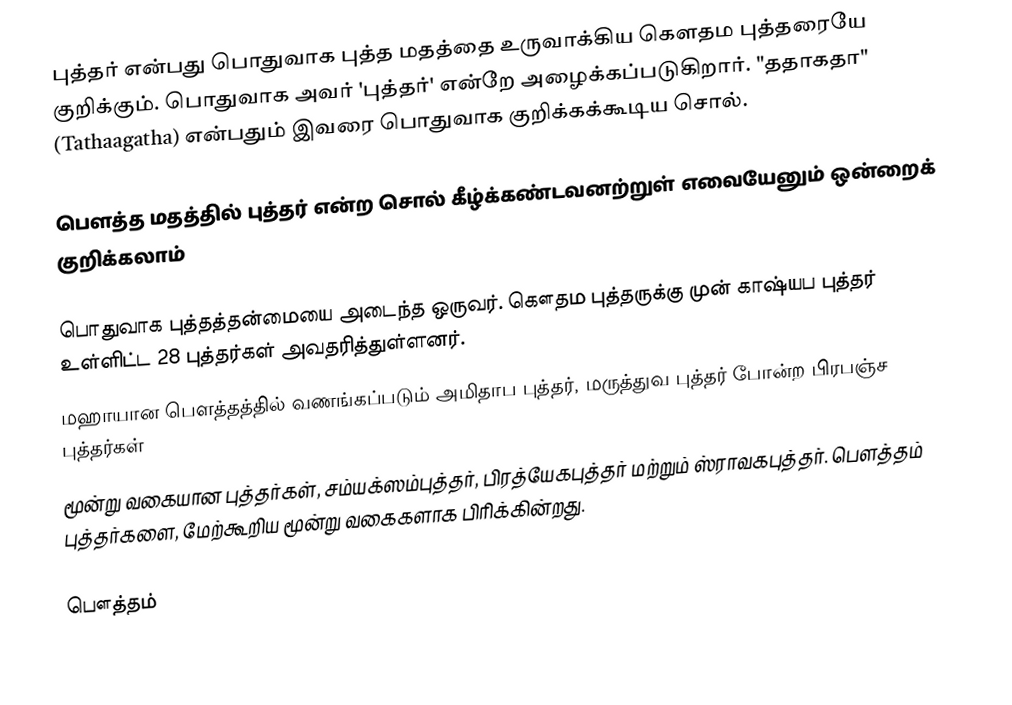
புத்தர் என்பது பொதுவாக புத்த மதத்தை உருவாக்கிய கௌதம புத்தரையே குறிக்கும். பொதுவாக அவர் 'புத்தர்' என்றே அழைக்கப்படுகிறார். "ததாகதா" (Tathaagatha) என்பதும் இவரை பொதுவாக குறிக்கக்கூடிய சொல்.

பௌத்த மதத்தில் புத்தர் என்ற சொல் கீழ்க்கண்டவனற்றுள் எவையேனும் ஒன்றைக் குறிக்கலாம்

 பொதுவாக புத்தத்தன்மையை அடைந்த ஒருவர். கௌதம புத்தருக்கு முன் காஷ்யப புத்தர் உள்ளிட்ட 28 புத்தர்கள் அவதரித்துள்ளனர்.
 மஹாயான பௌத்தத்தில் வணங்கப்படும் அமிதாப புத்தர்,  மருத்துவ புத்தர்  போன்ற பிரபஞ்ச புத்தர்கள்
 மூன்று வகையான புத்தர்கள், சம்யக்ஸம்புத்தர், பிரத்யேகபுத்தர் மற்றும் ஸ்ராவகபுத்தர். பௌத்தம் புத்தர்களை, மேற்கூறிய மூன்று வகைகளாக பிரிக்கின்றது.

பௌத்தம்